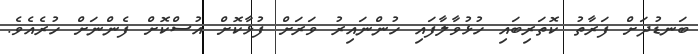
ބަނޑުދަށް ފަރާތު ކޮތަރިބައި ހުޅުވާލާފައި ހުންނައިރު ވަރަށް ފުޅާކޮށް އުސްކޮށް ފެންނަށް ހުރެއެވެ.